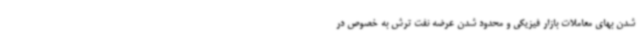
شدن بهای معاملات بازار فیزیکی و محدود شدن عرضه نفت ترش به خصوص در